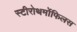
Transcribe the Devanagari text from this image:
स्टीरोथर्मोफिलस